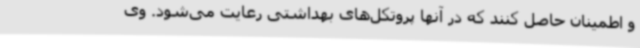
و اطمینان حاصل کنند که در آنها پروتکل‌های بهداشتی رعایت می‌شود. وی